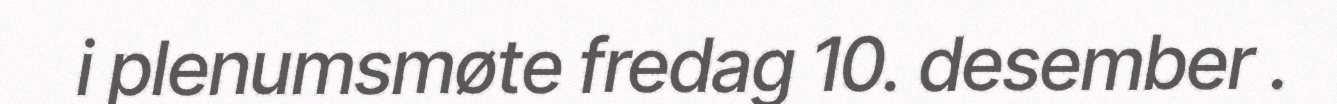
i plenumsmøte fredag 10. desember .